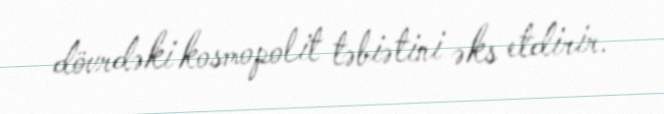
dövrdəki kosmopolit təbiətini əks etdirir.